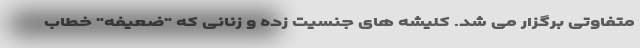
متفاوتی برگزار می شد. کلیشه های جنسیت زده و زنانی که "ضعیفه" خطاب